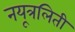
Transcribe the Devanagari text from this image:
नयूत्रलिती